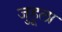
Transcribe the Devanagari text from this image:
जुहूला